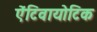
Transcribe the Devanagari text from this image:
ऐंटिवायोटिक